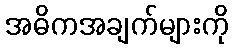
အဓိကအချက်များကို